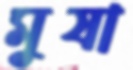
মুষা